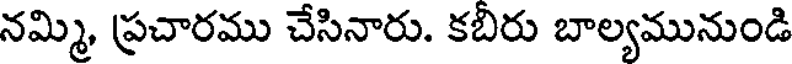
నమ్మి, ప్రచారము చేసినారు. కబిరు బాల్యమునుండి